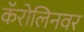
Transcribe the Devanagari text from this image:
कॅरोलिनवर